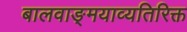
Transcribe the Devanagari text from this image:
बालवाङ्‌मयाव्यतिरिक्त